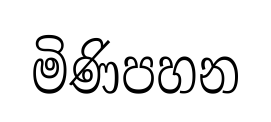
මිණිපහන